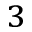
^ 3